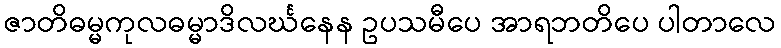
ဇာတိဓမ္မကုလဓမ္မာဒိလင်္ဃနေန ဥပသမီပေ အာရဘတိပေ ပါတာလေ